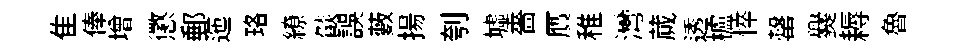
隹俸增懲郵迤珞繚燄誤藪揚刳墟嗇贋稚灣蕆透櫨悴罄爨耨魯